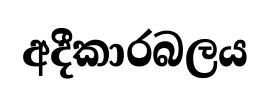
අදීකාරබලය